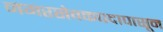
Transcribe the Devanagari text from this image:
नगरसेवकपदापासून